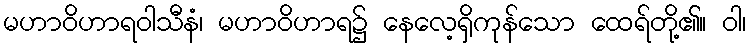
မဟာဝိဟာရဝါသီနံ၊ မဟာဝိဟာရ၌ နေလေ့ရှိကုန်သော ထေရ်တို့၏။ ဝါ၊